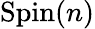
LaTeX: \mathrm{Spin}(n)